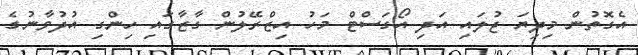
އެގޮތުން މިދިޔަ ޖުލައި އަދި އޯގަސްޓް މަހު އިޒްރޭލުން ގާޒާގައި ހިންގި އުދުވާނުގެ